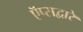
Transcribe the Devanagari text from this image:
ऍप्सद्वारे